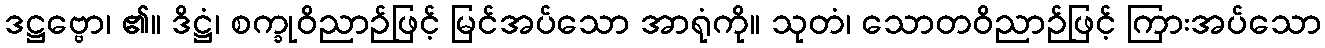
ဒဋ္ဌဗ္ဗော၊ ၏။ ဒိဋ္ဌံ၊ စက္ခုဝိညာဉ်ဖြင့် မြင်အပ်သော အာရုံကို။ သုတံ၊ သောတဝိညာဉ်ဖြင့် ကြားအပ်သော